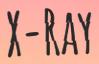
X-RAY